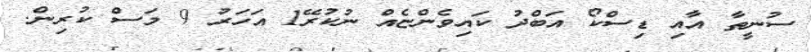
ސުނީތާ އާއި ޑިސްކޯ އަބްދު ކައިވެންޏެއް ނުކުރޭ1 އަހަރު 9 މަސް ކުރިން.